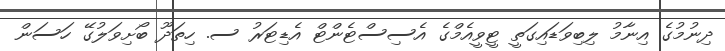
ދިނުމުގެ އިނާމު ލިބިވަޑައިގަތީ ޓީވީއެމްގެ އެސިސްޓެންޓް އެޑިޓަރު ސ. ހިތަދޫ ބޯށިވަލުގޭ ހަސަން